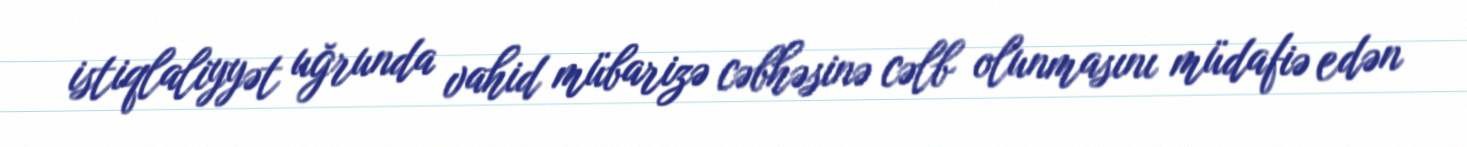
istiqlaliyyət uğrunda vahid mübarizə cəbhəsinə cəlb olunmasını müdafiə edən